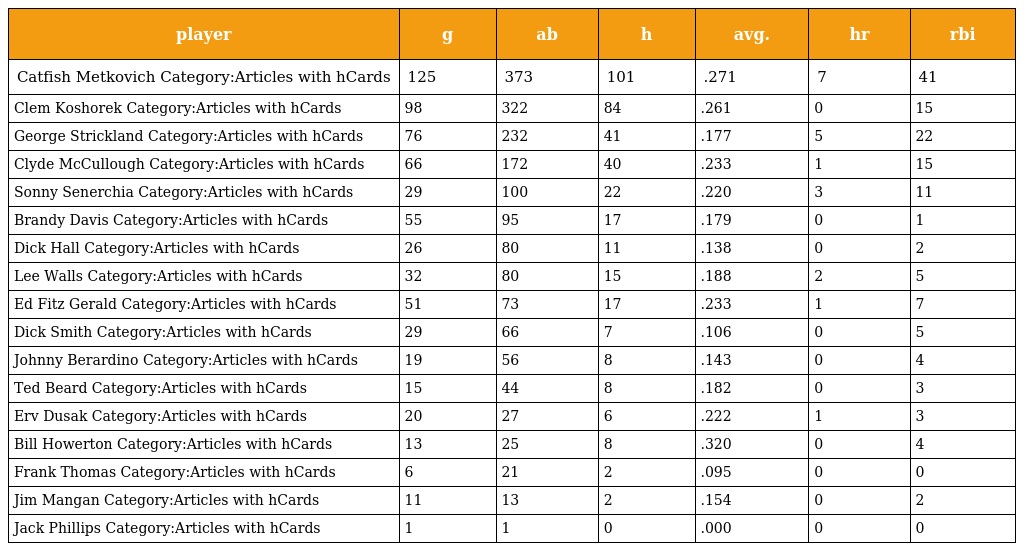
| player | g | ab | h | avg. | hr | rbi |
 | --- | --- | --- | --- | --- | --- | --- |
 | Catfish Metkovich Category:Articles with hCards | 125 | 373 | 101 | .271 | 7 | 41 |
 | Clem Koshorek Category:Articles with hCards | 98 | 322 | 84 | .261 | 0 | 15 |
 | George Strickland Category:Articles with hCards | 76 | 232 | 41 | .177 | 5 | 22 |
 | Clyde McCullough Category:Articles with hCards | 66 | 172 | 40 | .233 | 1 | 15 |
 | Sonny Senerchia Category:Articles with hCards | 29 | 100 | 22 | .220 | 3 | 11 |
 | Brandy Davis Category:Articles with hCards | 55 | 95 | 17 | .179 | 0 | 1 |
 | Dick Hall Category:Articles with hCards | 26 | 80 | 11 | .138 | 0 | 2 |
 | Lee Walls Category:Articles with hCards | 32 | 80 | 15 | .188 | 2 | 5 |
 | Ed Fitz Gerald Category:Articles with hCards | 51 | 73 | 17 | .233 | 1 | 7 |
 | Dick Smith Category:Articles with hCards | 29 | 66 | 7 | .106 | 0 | 5 |
 | Johnny Berardino Category:Articles with hCards | 19 | 56 | 8 | .143 | 0 | 4 |
 | Ted Beard Category:Articles with hCards | 15 | 44 | 8 | .182 | 0 | 3 |
 | Erv Dusak Category:Articles with hCards | 20 | 27 | 6 | .222 | 1 | 3 |
 | Bill Howerton Category:Articles with hCards | 13 | 25 | 8 | .320 | 0 | 4 |
 | Frank Thomas Category:Articles with hCards | 6 | 21 | 2 | .095 | 0 | 0 |
 | Jim Mangan Category:Articles with hCards | 11 | 13 | 2 | .154 | 0 | 2 |
 | Jack Phillips Category:Articles with hCards | 1 | 1 | 0 | .000 | 0 | 0 |